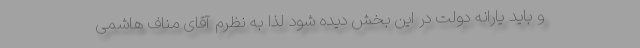
و باید یارانه دولت در این بخش دیده شود لذا به نظرم آقای مناف هاشمی